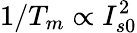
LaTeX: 1/T_{m}\propto I_{s0}^{2}